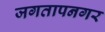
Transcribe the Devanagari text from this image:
जगतापनगर